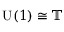
{ \mathrm { U } } ( 1 ) \cong \mathbb { T }